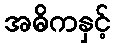
အဓိကနှင့်